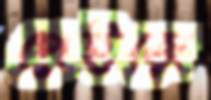
পেইজে